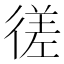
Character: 𫹜